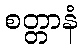
စတ္တာနံ